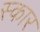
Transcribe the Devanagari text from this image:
स्‍कार